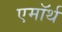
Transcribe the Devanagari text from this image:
एमॉर्थ